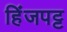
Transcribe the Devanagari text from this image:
हिंजपट्ट